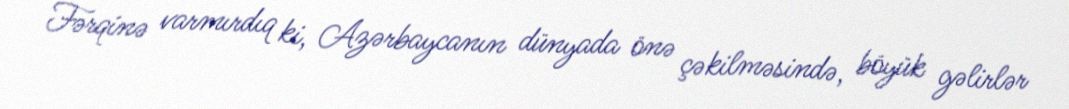
Fərqinə varmırdıq ki, Azərbaycanın dünyada önə çəkilməsində, böyük gəlirlər